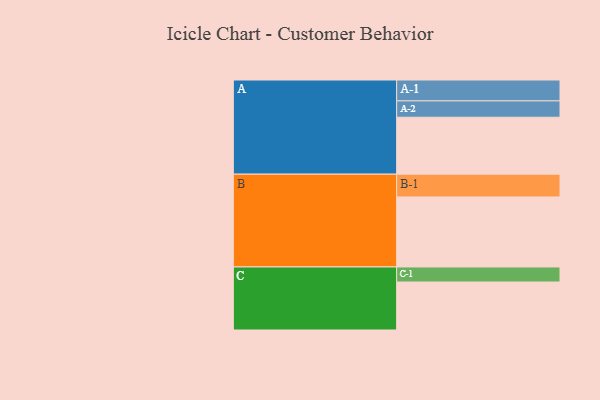
{"axis": {"x": "Segment", "y": "Value"}, "legend": ["", "A", "B", "C"], "data": [{"x": "A", "y": 393, "type": ""}, {"x": "B", "y": 483, "type": ""}, {"x": "C", "y": 331, "type": ""}, {"x": "A-1", "y": 144, "type": "A"}, {"x": "A-2", "y": 113, "type": "A"}, {"x": "B-1", "y": 157, "type": "B"}, {"x": "C-1", "y": 104, "type": "C"}]}